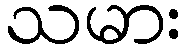
သမား